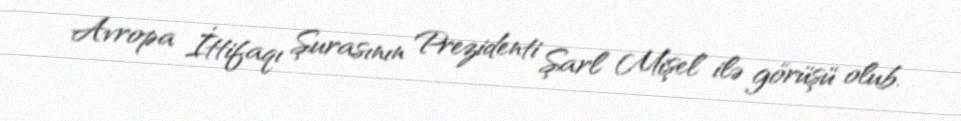
Avropa İttifaqı Şurasının Prezidenti Şarl Mişel ilə görüşü olub.